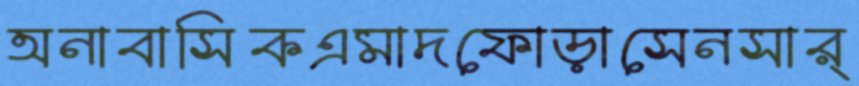
অনাবাসিকএমাদফোড়াসেনসার্